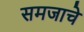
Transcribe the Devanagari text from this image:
समजाचे